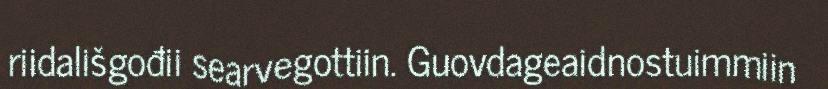
riidališgođii searvegottiin. Guovdageaidnostuimmiin